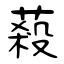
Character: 蔱